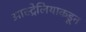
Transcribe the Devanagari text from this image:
आस्ट्रेलियाकडून